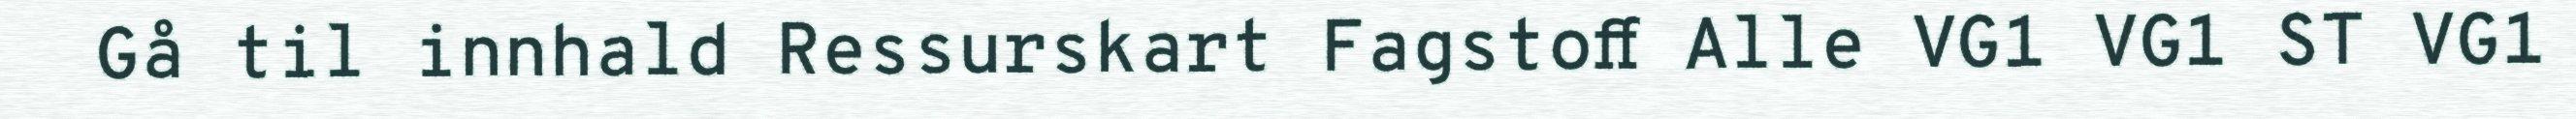
Gå til innhald Ressurskart Fagstoff Alle VG1 VG1 ST VG1